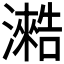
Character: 𰝣